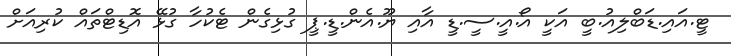
ޓީ.އައި.ޑަބްލިއު.ބީ އަކީ އޯ.އީ.ސީ.ޑީ އާއި ޔޫ.އެން.ޑީ.ޕީ ގުޅިގެން ޓެކުހާ ގުޅޭ އޮޑިޓްތައް ކުރިއަށް